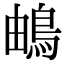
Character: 𩿬